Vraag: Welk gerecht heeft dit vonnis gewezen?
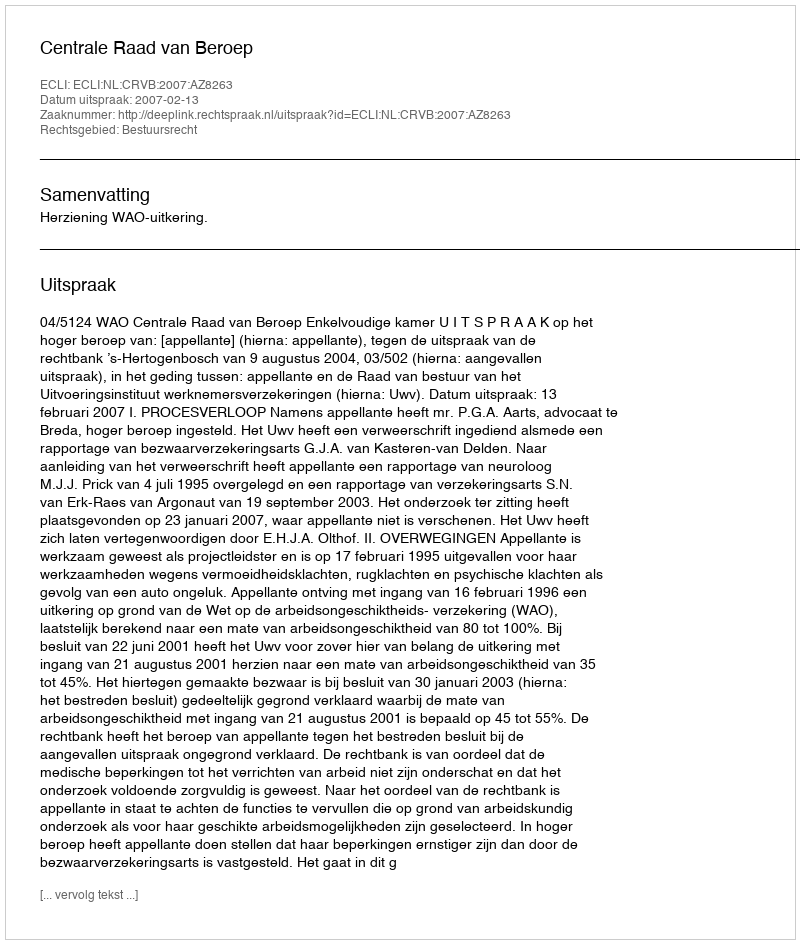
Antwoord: Centrale Raad van Beroep